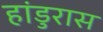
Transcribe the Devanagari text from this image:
हांडुरास